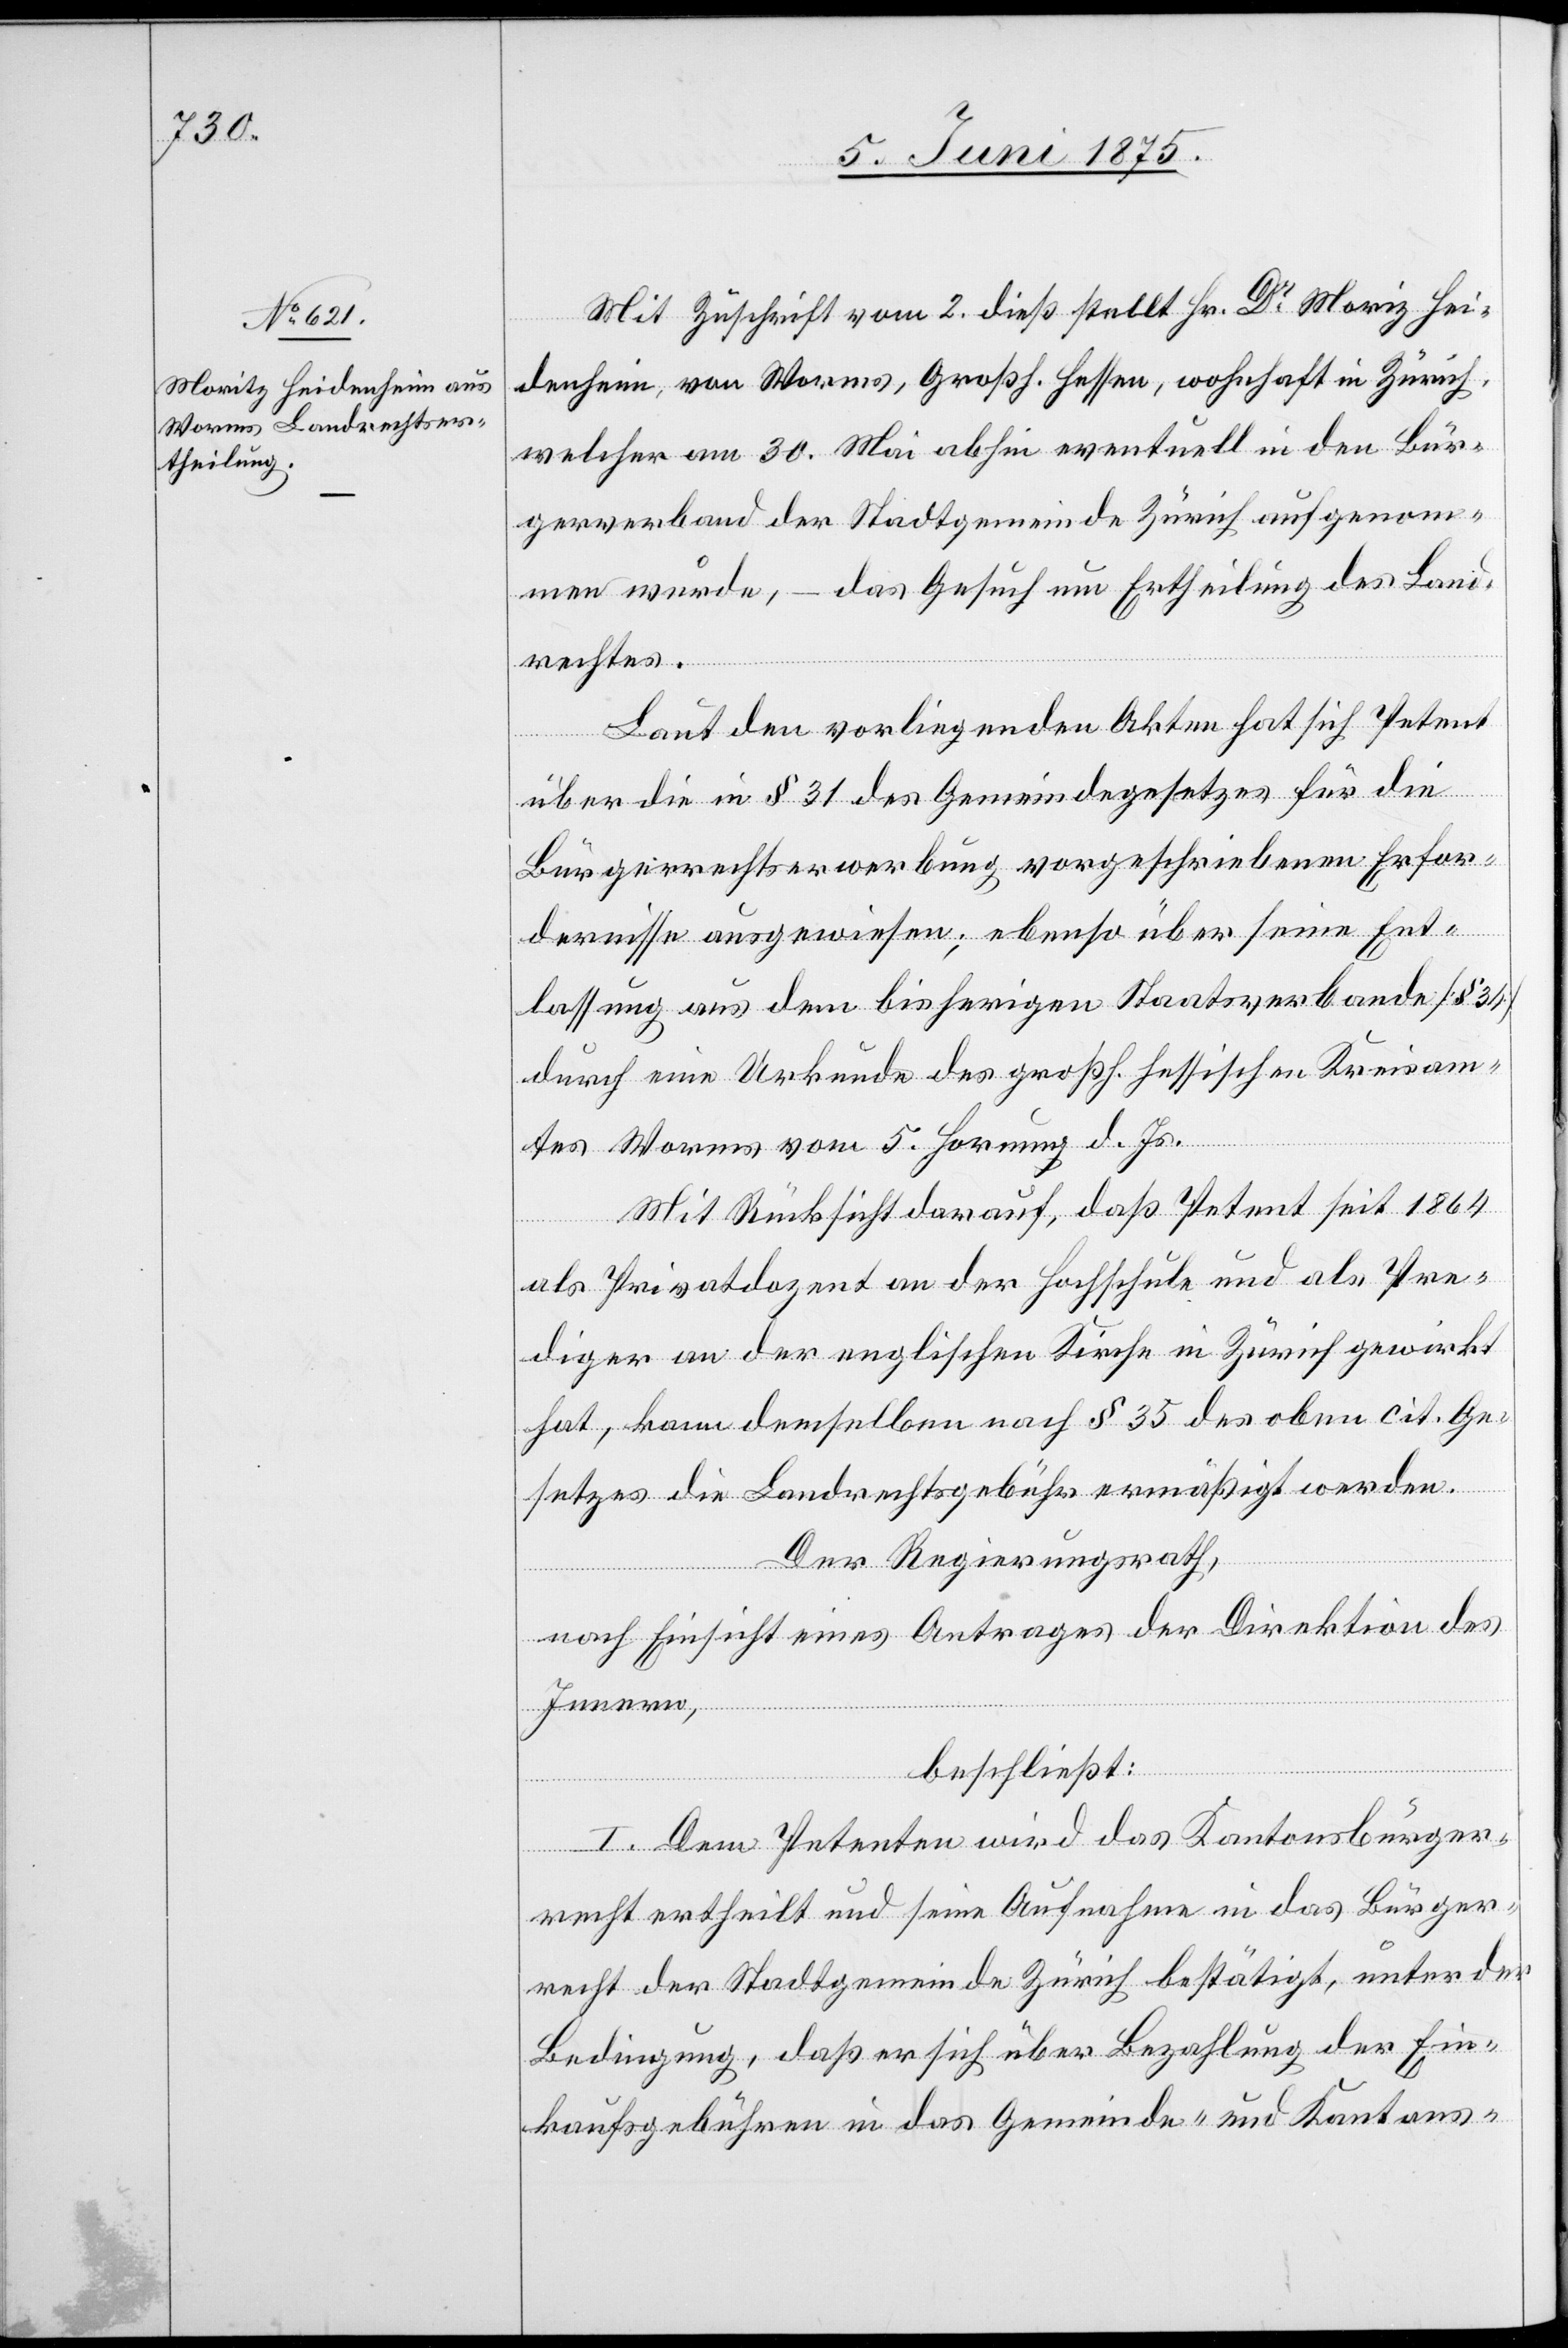
Mit Zuschrift vom 2. dieß stellt Hr. Dr Moriz [si¬
denheim, von Worms, Großh. Hessen, wohnhaft in Zürich,
welcher am 30. Mai abhin eventuell in den Bür¬
gerverband der Stadtgemeinde Zürich aufgenom¬
men wurde, – das Gesuch um Ertheilung des Land¬
rechtes.
Laut den vorliegenden Akten hat sich Petent
[si¬
über die in § 31 des Gemeindegesetzes für die
Bürgerrechteerwerbung vorgeschriebenen Erfor¬
dernisse ausgewiesen; ebenso über seine Ent¬
lassung aus dem bisherigen Staatsverbande [§ 34]
durch eine Urkunde des großh. hessischen Kreisam¬
tes Worms vom 5. Hornung d. Js.
Mit Rücksicht darauf, daß Petent sei 1864
Hei¬
als Privatdozent an der Hochschule und als Pre¬
diger an der englischen Kirche in Zürich gewirkt
hat, kann demselben nach § 35 des oben cit. Ge¬
setzes die Landrechtsgebühr ermäßigt werden.
Der Regierungsrath,
nach Einsicht eines Antrages der Direktion des
Innern,
beschließt:
c!] Dem Petenten wird das Kantonsbürger¬
recht ertheilt und seine Aufnahme in das Bürger¬
recht der Stadtgemeinde Zürich bestätigt, unter der
Bedingung, daß er sich über Bezahlung der Ein¬
kaufsgebühren in das Gemeinde- und Kantons-